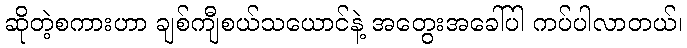
ဆိုတဲ့စကားဟာ ချစ်ကျီစယ်သယောင်နဲ့ အတွေးအခေါ်ပါ ကပ်ပါလာတယ်၊